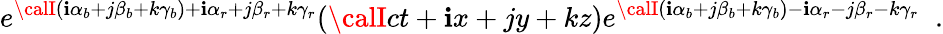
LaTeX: e^{{\calI}(\mathbf{i}\alpha_{b}+j\beta_{b}+k\gamma_{b})+\mathbf{i}\alpha_{r}+j\beta_{r}+k\gamma_{r}}({\calI}ct+\mathbf{i}x+jy+kz)e^{{\calI}(\mathbf{i}\alpha_{b}+j\beta_{b}+k\gamma_{b})-\mathbf{i}\alpha_{r}-j\beta_{r}-k\gamma_{r}}\; \; .